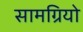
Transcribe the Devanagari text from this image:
सामग्रियो